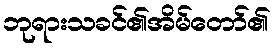
ဘုရားသခင်၏အိမ်တော်၏